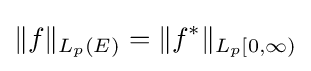
\|f\|_{L_{p}(E)}=\|f^{*}\|_{L_{p}[0,\infty )}